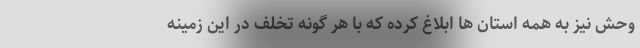
وحش نیز به همه استان ها ابلاغ کرده که با هر گونه تخلف در این زمینه